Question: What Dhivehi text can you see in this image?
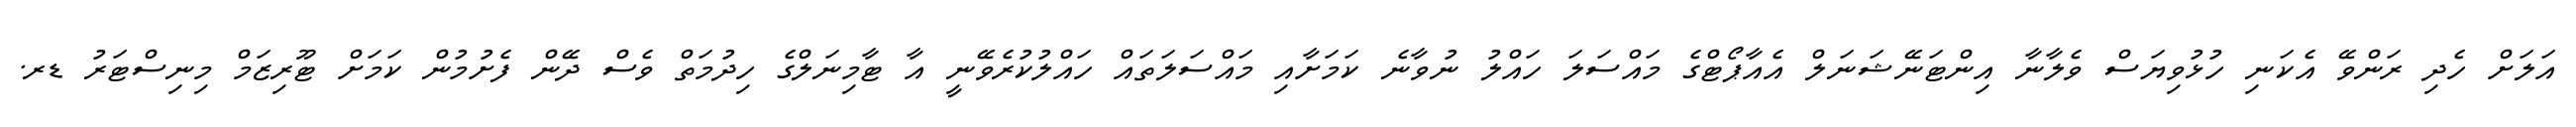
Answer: އަލަށް ހެދި ރަންވޭ އެކަނި ހުޅުވިޔަސް ވެލާނާ އިންޓަނޭޝަނަލް އެއާޕޯޓްގެ މައްސަލަ ހައްލު ނުވާނެ ކަމަށާއި މައްސަލަތައް ހައްލުކުރެވޭނީ އާ ޓާމިނަލްގެ ހިދުމަތް ވެސް ދޭން ފެށުމުން ކަމަށް ޓޫރިޒަމް މިނިސްޓަރު ޑރ.